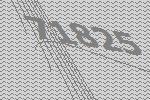
71825